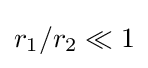
r_{1}/r_{2}\ll 1